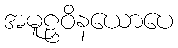
အမူဠှဝိနယောပေ